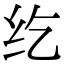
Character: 纥